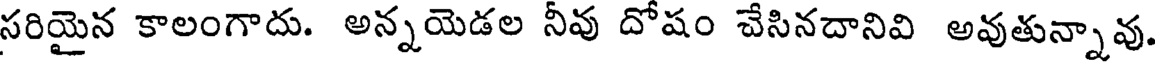
సరియైన కాలంగాదు. అన్నయెడల నీవు దోషం చేసినదానివి అవుతున్నావు,